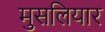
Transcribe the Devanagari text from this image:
मुसलियार